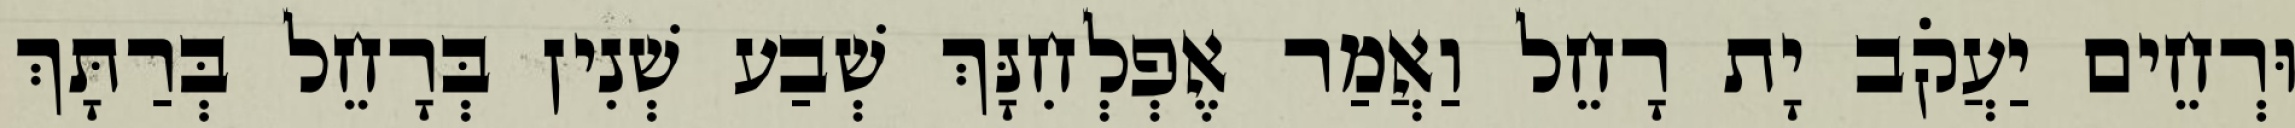
וּרְחֵים יַעֲקֹב יָת רָחֵל וַאֲמַר אֶפְלְחִנָּךְ שְׁבַע שְׁנִין בְּרָחֵל בְּרַתָּךְ